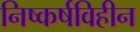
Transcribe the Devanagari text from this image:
निष्कर्षविहीन